system: You are a helpful assistant.
user:
Analyze the provided spectrum to determine if it is a **S-type Star**.

- **Key Indicators for S-type Star:**

    - **(Overall Spectrum Shape):** The first and most obvious characteristic is the overall continuum (the "baseline" shape). It is **extremely "red-sloping,"** meaning the flux (light intensity) is very low on the left side (blue, ~4000-4500 Å) and rises steeply and continuously toward the right side (red, ~7000 Å+).

    - **(Primary):** The spectrum is defined by the presence of strong, broad molecular absorption "valleys" (bands) from **Zirconium Oxide (ZrO)**. The identification of these bands is the **primary requirement** for classifying a star as S-type.
        - **(Key Bandheads):** You must find distinct, deep "dips" where the light has been absorbed. The most critical band systems to locate are:
            - **~6474 Å** ($\gamma$-system): This is often the strongest and clearest ZrO feature, found in the red part of the spectrum.
            - **~5718 Å** & **~5551 Å** ($\beta$-system): A pair of prominent absorption features in the yellow-orange part of the spectrum.
            - **~4640 Å** ($\alpha$-system): A key absorption band system in the blue-green region of the spectrum.

    - **(Secondary Confirmation):** The classification is strengthened by finding additional absorption bands from other related heavy element oxides, which are expected to be present alongside ZrO.
        - **(Key Bandheads):**
            - **Yttrium Oxide (YO):** Look for absorption dips near **~4800 Å** and **~6100 Å**.
            - **Lanthanum Oxide (LaO):** Additional absorption features, particularly in the red-orange part of the spectrum, are also characteristic.

    - **(Line Profile):** The combination of the steep red continuum and these numerous, deep molecular bands (ZrO, YO, etc.) gives the entire spectrum a very **"chopped-up"** or **"bumpy"** appearance. Instead of a smooth curve, the spectrum looks as though large, wide chunks of light have been "carved out" of it at the specific wavelengths listed above.

Think first, call **spectral_visualization_tool** if needed to examine features in detail, then provide your final answer. Your response must adhere to the following strict rules:
1.  **Overall Structure:** Your response must follow the format `<think>...</think> <tool_call>...</tool_call> (if a tool is used) <answer>...</answer>`.
2.  **Tool Usage Constraint:** You may only make **one** tool call per turn.
3.  **Final Answer Format:** In the `<answer>` tag, your conclusion must be inside a `\boxed{}` command (e.g., `\boxed{YES}` or `\boxed{NO}`), followed by your justification.

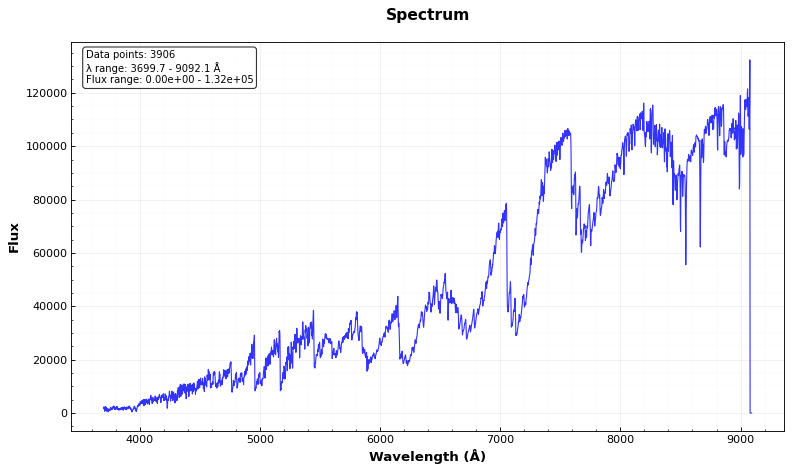
Answer: YES